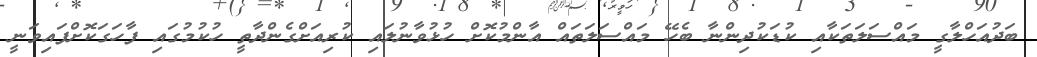
ބަދުއަހްލާގީ މައްސަލަތަކާއި ކުޑަކުދިންނާ ބެހޭ މައްސަލަތައް އާންމުކޮށް ހުޅުވާނުލައި ކުރިއަށްގެންދާތީ ހުކުމުގައި ފާހަގަކޮށްފައިވަނީ